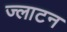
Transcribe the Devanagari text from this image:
ज्लाटन